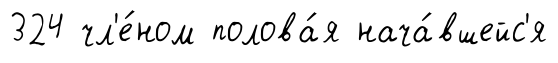
324 чл'е́ном полова́я нача́вшейс'я